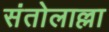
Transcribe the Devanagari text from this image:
संतोलाल्ला